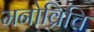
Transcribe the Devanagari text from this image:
मनोव्रित्ति